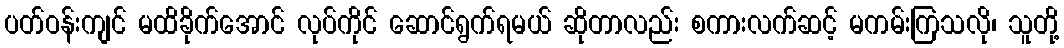
ပတ်ဝန်းကျင် မထိခိုက်အောင် လုပ်ကိုင် ဆောင်ရွက်ရမယ် ဆိုတာလည်း စကားလက်ဆင့် မကမ်းကြသလို၊ သူတို့